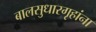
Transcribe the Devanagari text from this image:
बालसुधारगृहांना